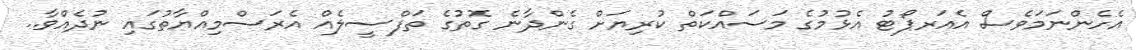
އެހެންނަމަވެސް އެއަރޕޯޓު އެޅުމުގެ މަސައްކަތް ކުރިޔަށް ގެންދާނެ ގޮތުގެ ތަފްސީލެއް އެރަސްމިއްޔާތުގައި ނުދެއްވާ..